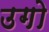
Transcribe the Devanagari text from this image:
उगो